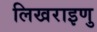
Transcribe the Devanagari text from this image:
लिखराइणु